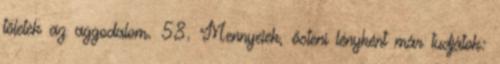
tőletek az aggodalom. 58. Mennyeiek, ősteni lényként már tudjátok: